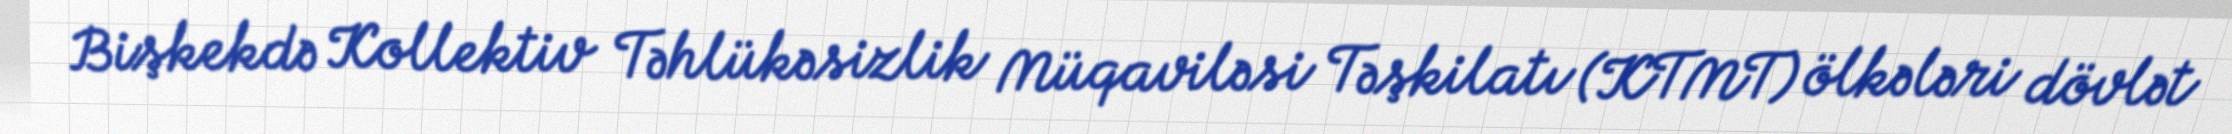
Bişkekdə Kollektiv Təhlükəsizlik Müqaviləsi Təşkilatı (KTMT) ölkələri dövlət